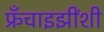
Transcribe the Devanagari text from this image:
फ्रँचाइझींशी